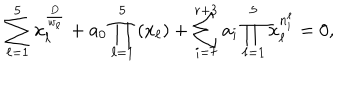
\sum _ { \ell = 1 } ^ { 5 } x _ { \ell } ^ { \frac { D } { w _ { \ell } } } + a _ { 0 } \prod _ { \ell = 1 } ^ { 5 } \left( x _ { \ell } \right) + \sum _ { i = 7 } ^ { r + 3 } a _ { i } \prod _ { \ell = 1 } ^ { 5 } x _ { \ell } ^ { n _ { i } ^ { \ell } } = 0 ,